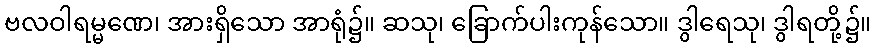
ဗလဝါရမ္မဏေ၊ အားရှိသော အာရုံ၌။ ဆသု၊ ခြောက်ပါးကုန်သော။ ဒွါရေသု၊ ဒွါရတို့၌။